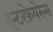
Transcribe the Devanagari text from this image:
इन्टरफ़ेयरेन्स